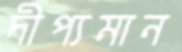
দীপ্যমান